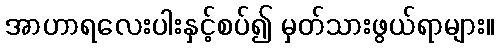
အာဟာရလေးပါးနှင့်စပ်၍ မှတ်သားဖွယ်ရာများ။